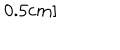
0 . 5 c m ]